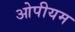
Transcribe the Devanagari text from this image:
ओपीयम